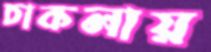
চাকলায়